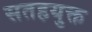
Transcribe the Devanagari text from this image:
सतहयुक्त